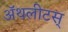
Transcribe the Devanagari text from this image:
ॲथलीटस्